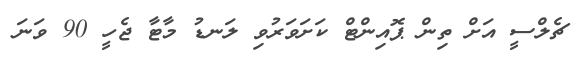
ޗެލްސީ އަށް ތިން ޕޮއިންޓް ކަށަވަރުވި ލަނޑު މާޓާ ޖެހީ 90 ވަނަ